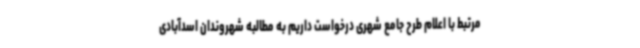
مرتبط با اعلام طرح جامع شهری درخواست داریم به مطالبه شهروندان اسدآبادی